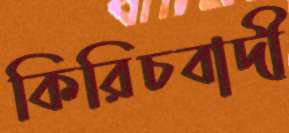
কিরিচবাদী